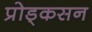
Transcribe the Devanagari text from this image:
प्रोड्कसन